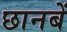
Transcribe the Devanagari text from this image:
छानबें